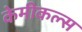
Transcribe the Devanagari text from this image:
केमीकल्स